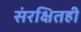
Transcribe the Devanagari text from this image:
संरक्षितही